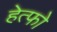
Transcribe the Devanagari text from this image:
हेत्फो